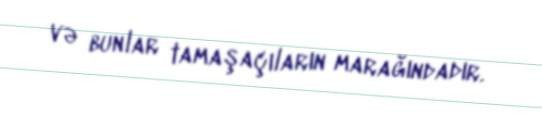
və bunlar tamaşaçıların marağındadır.